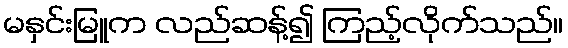
မနှင်းမြူက လည်ဆန့်၍ ကြည့်လိုက်သည်။